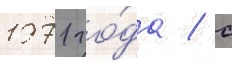
1971 го́да / с